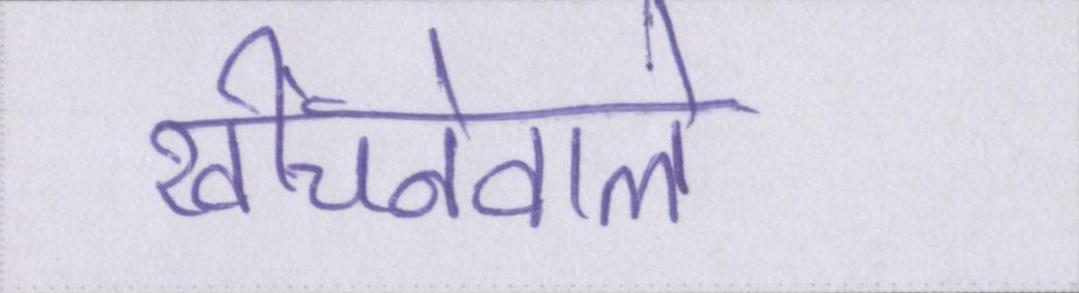
खींचनेवाले